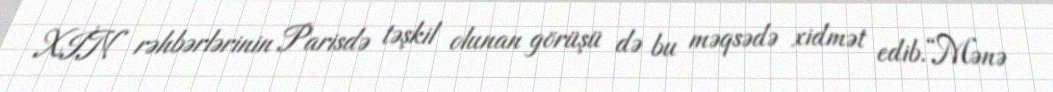
XİN rəhbərlərinin Parisdə təşkil olunan görüşü də bu məqsədə xidmət edib.“Mənə